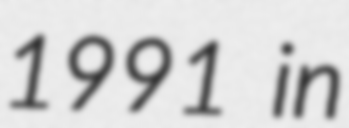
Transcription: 1991 in